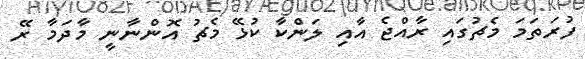
ފުރަތަމަ މެޗުގައި ރާއްޖެ އާއި ލަންކާ ކުޅޭ މެޗު އޮންނާނީ މާދަމާ ރޭ